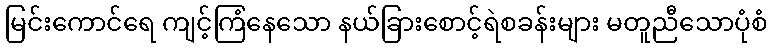
မြင်းကောင်ရေ ကျင့်ကြံနေသော နယ်ခြားစောင့်ရဲစခန်းများ မတူညီသောပုံစံ